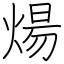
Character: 煬